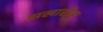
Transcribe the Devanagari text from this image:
सखारोव्ह